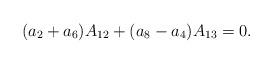
LaTeX: \begin{align*}(a_2+a_6)A_{12}+(a_8-a_4)A_{13}=0.\end{align*}